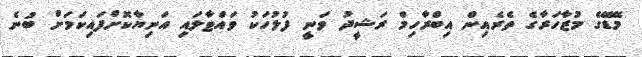
މޭޑޭގެ މުޒާހަރާގެ ތެރެއިން އިބްރާހިމް ރަޝީދު ވަނީ ފުލުހަކު ވައްޓާލައި އަނިޔާކޮށްފައިކަމަށް ބުނެ